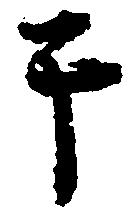
于